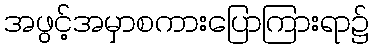
အဖွင့်အမှာစကားပြောကြားရာ၌